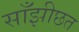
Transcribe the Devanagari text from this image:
साँझीछत